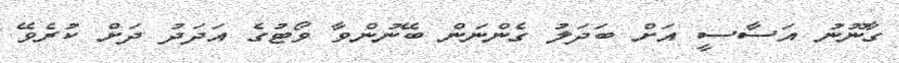
ގާނޫނު އަސާސީ އަށް ބަދަލު ގެންނަން ބޭނުންވާ ވޯޓުގެ އަދަދު ދަށް ކުރެވޭ